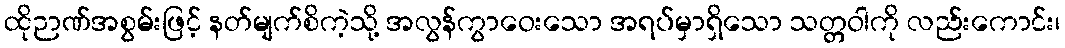
ထိုဉာဏ်အစွမ်းဖြင့် နတ်မျက်စိကဲ့သို့ အလွန်ကွာဝေးသော အရပ်မှာရှိသော သတ္တဝါကို လည်းကောင်း၊